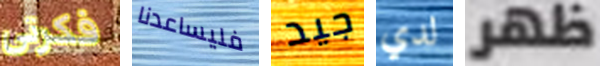
فكرتي فليساعدنا جيد لدي ظهر